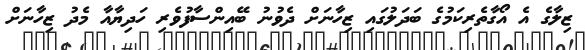
ޒިލާގެ އެ އޯގާތެރިކަމުގެ ބަދަލުގައި ޒިހާނަށް ދެވުނު ބޭއިންސާފުވެރި ހަދިޔާއާ މެދު ޒިހާނަށް